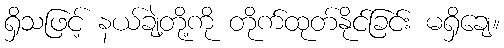
ရှိသဖြင့် နယ်ချဲ့တို့ကို တိုက်ထုတ်နိုင်ခြင်း မရှိချေ။